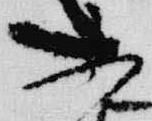
不